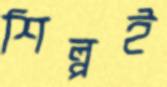
শিল্পই